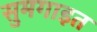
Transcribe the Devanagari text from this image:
सुमगाइत